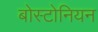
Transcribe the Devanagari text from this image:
बोस्टोनियन